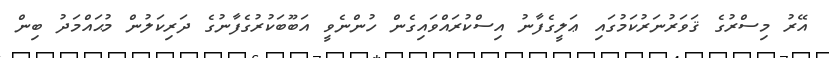
އޭރު މިސްރުގެ ޤަވަރުނަރުކަމުގައި ޢަލީގެފާނު އިސްކުރައްވައިގެން ހުންނެވީ އަބޫބަކުރުގެފާނުގެ ދަރިކަލުން މުޙައްމަދު ބިން